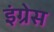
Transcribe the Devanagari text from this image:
इंग्रेस